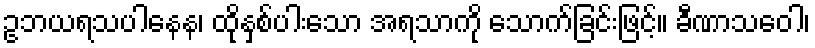
ဥဘယရသပါနေန၊ ထိုနှစ်ပါးသော အရသာကို သောက်ခြင်းဖြင့်။ ခီဏာသဝေါ၊